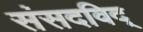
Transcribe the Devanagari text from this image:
संसदविद्‌